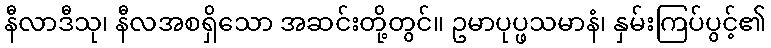
နီလာဒီသု၊ နီလအစရှိသော အဆင်းတို့တွင်။ ဥမာပုပ္ဖသမာနံ၊ နှမ်းကြပ်ပွင့်၏